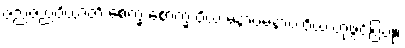
ဇညဇညံဝိယာတိ စေက္ခ စောက္ခံ ဝိယ မနာပမနာပံ ဝိယ ဟုဖွင့်ပြပုံ။